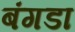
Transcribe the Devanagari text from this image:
बंगडा